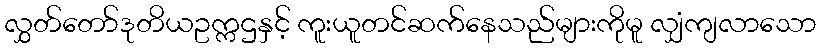
လွှတ်တော်ဒုတိယဥက္ကဌနှင့် ကူးယူတင်ဆက်နေသည်များကိုမူ လျှံကျလာသော